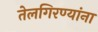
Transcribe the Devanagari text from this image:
तेलगिरण्यांना